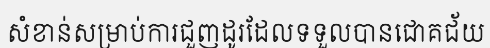
សំខាន់សម្រាប់ការជួញដូរដែលទទួលបានជោគជ័យ